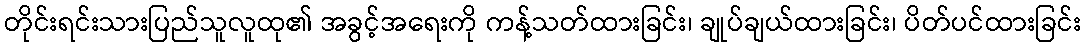
တိုင်းရင်းသားပြည်သူလူထု၏ အခွင့်အရေးကို ကန့်သတ်ထားခြင်း၊ ချုပ်ချယ်ထားခြင်း၊ ပိတ်ပင်ထားခြင်း